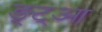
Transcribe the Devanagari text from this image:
ङ्ट्आ